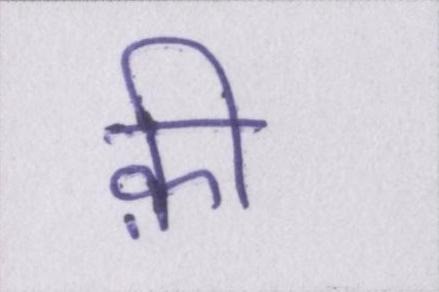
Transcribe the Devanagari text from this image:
क़ी